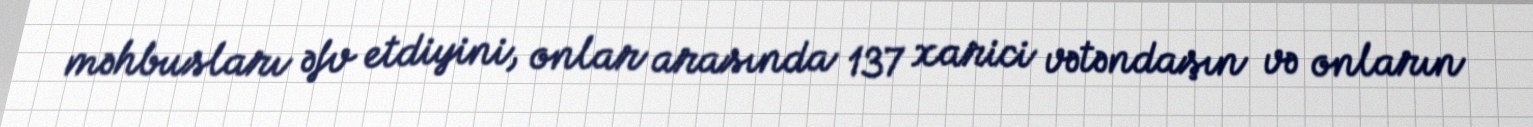
məhbusları əfv etdiyini, onlar arasında 137 xarici vətəndaşın və onların